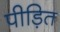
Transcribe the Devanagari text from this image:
पीड़ित